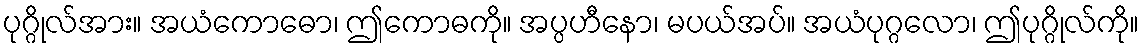
ပုဂ္ဂိုလ်အား။ အယံကောဓော၊ ဤကောဓကို။ အပ္ပဟီနော၊ မပယ်အပ်။ အယံပုဂ္ဂလော၊ ဤပုဂ္ဂိုလ်ကို။